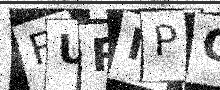
Text: FUPMPO